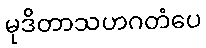
မုဒိတာသဟဂတံပေ